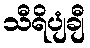
သီရိပျံချီ